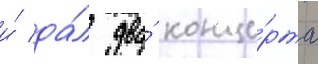
и́ да́л два́ конце́рта